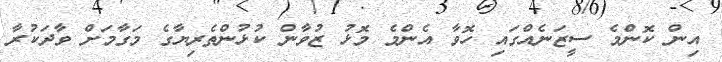
އިން ކޮންމެ ސީޒަނެއްގައި ހޮވާ އެންމެ މޮޅު ޒުވާން ކުޅުންތެރިޔާގެ މަގާމަށް ވާދަކުރާ